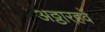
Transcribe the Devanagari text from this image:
अठ्ठारहवें